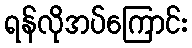
ရန်လိုအပ်ကြောင်း